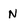
Character: N